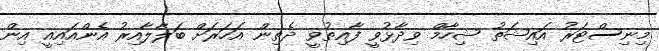
މިނިސްޓަރު އައިޝަތު ޝިހާމް ވިދާޅުވީ ފާއިތުވީ ދެތިން އަހަރަށް ބަލާލާއިރު އެންއައިއީ އިން